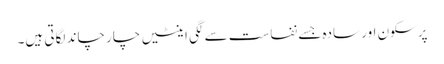
پرسکون اور سادہ جسے نفاست سے لگی اینٹیں چار چاند لگاتی ہیں۔